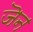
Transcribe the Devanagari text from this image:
जॆन